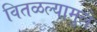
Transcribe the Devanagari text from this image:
वितळल्यामुले